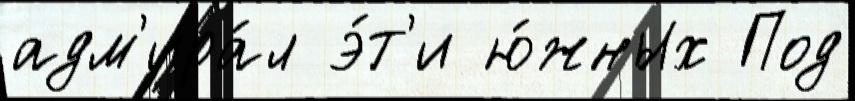
адм'ира́л э́т'и ю́жных Под